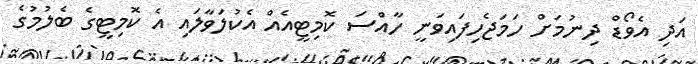
އަދި އެވޯޑް ދިނުމަށް ހަމަޖެހިފައިވަނީ ހާއްސަ ކޮމިޓީއެއް އެކުލަވާލައި އެ ކޮމިޓީގެ ބެލުމުގެ